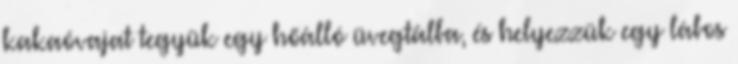
kakaóvajat tegyük egy hőálló üvegtálba, és helyezzük egy lábos